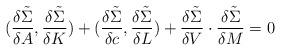
LaTeX: \begin{align*}({{\delta \tilde \Sigma} \over {\delta A}},{{\delta \tilde \Sigma} \over {\delta K}} )+({{\delta \tilde \Sigma} \over {\delta c}},{{\delta \tilde \Sigma} \over {\delta L}} )+{{\delta \tilde \Sigma} \over {\delta V}}\cdot{{\delta \tilde \Sigma} \over {\delta M}}=0\end{align*}